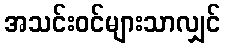
အသင်းဝင်များသာလျှင်